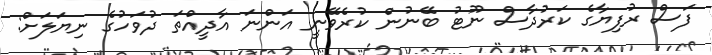
ފަސް ރުފިޔާގެ ކަރުދާސް ނޫޓު ބޭނުން ކުރެވޭނީ އަންނަ އާދީއްތަ ދުވަހުގެ ނިޔަލަށް: